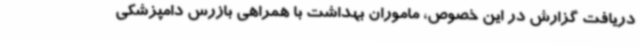
دریافت گزارش در این خصوص، ماموران بهداشت با همراهی بازرس دامپزشکی